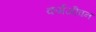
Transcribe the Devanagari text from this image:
कर्मजीवन